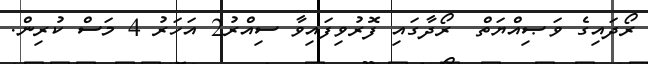
ރޯދައިގެ ވަޞިއްޔަތް  ރޯދާގައި ފޮރުވިފައިވާ ސިއްރު2 އަހަރު 4 މަސް ކުރިން.